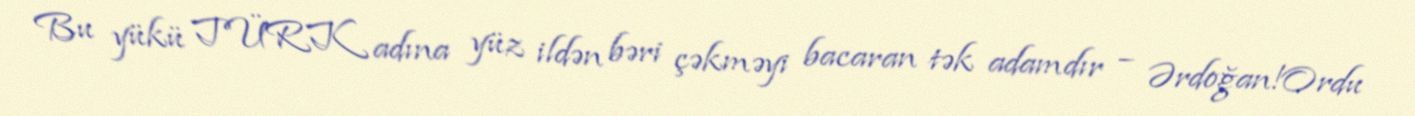
Bu yükü TÜRK adına yüz ildən bəri çəkməyi bacaran tək adamdır – Ərdoğan!Ordu